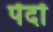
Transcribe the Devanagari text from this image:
पेंदों